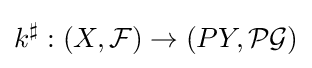
k^{\sharp }:(X,{\mathcal {F}})\to (PY,{\mathcal {PG}})